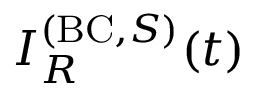
I _ { R } ^ { ( \mathrm { B C } , S ) } ( t )